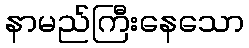
နာမည်ကြီးနေသော